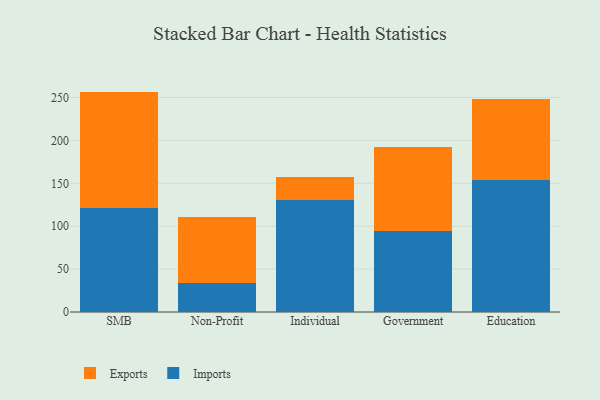
{"axis": {"x": "Segment", "y": "Budget (USD K)"}, "legend": ["Exports", "Imports"], "data": [{"x": "SMB", "y": 120.8, "type": "Imports"}, {"x": "SMB", "y": 136.1, "type": "Exports"}, {"x": "Non-Profit", "y": 33.6, "type": "Imports"}, {"x": "Non-Profit", "y": 77.7, "type": "Exports"}, {"x": "Individual", "y": 131.1, "type": "Imports"}, {"x": "Individual", "y": 26.1, "type": "Exports"}, {"x": "Government", "y": 93.9, "type": "Imports"}, {"x": "Government", "y": 98.2, "type": "Exports"}, {"x": "Education", "y": 153.7, "type": "Imports"}, {"x": "Education", "y": 94.4, "type": "Exports"}]}